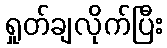
ရှုတ်ချလိုက်ပြီး